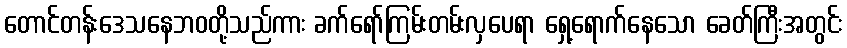
တောင်တန်းဒေသနေဘဝတို့သည်ကား ခက်ရော်ကြမ်းတမ်းလှပေရာ ရှေ့ရောက်နေသော ခေတ်ကြီးအတွင်း